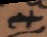
et